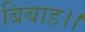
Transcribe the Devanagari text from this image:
बिबाह।।